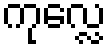
ကုလ္လေ